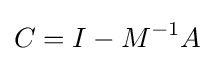
C=I-M^{-1}A